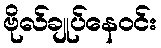
ဗိုလ်ချုပ်နေဝင်း